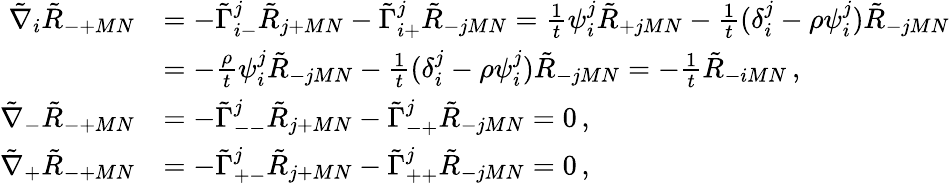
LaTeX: \begin{array}{rl}{\tilde{\nabla}_{i}\tilde{R}_{-+MN}}&{=-\tilde{\Gamma}^{j}_{i-}\tilde{R}_{j+MN}-\tilde{\Gamma}^{j}_{i+}\tilde{R}_{-jMN}=\frac{1}{t}\psi_{i}^{j}\tilde{R}_{+jMN}-\frac{1}{t}(\delta^{j}_{i}-\rho\psi^{j}_{i})\tilde{R}_{-jMN}}\\ &{=-\frac{\rho}{t}\psi_{i}^{j}\tilde{R}_{-jMN}-\frac{1}{t}(\delta^{j}_{i}-\rho\psi_{i}^{j})\tilde{R}_{-jMN}=-\frac{1}{t}\tilde{R}_{-iMN}\, ,}\\ {\tilde{\nabla}_{-}\tilde{R}_{-+MN}}&{=-\tilde{\Gamma}^{j}_{--}\tilde{R}_{j+MN}-\tilde{\Gamma}^{j}_{-+}\tilde{R}_{-jMN}=0\, ,}\\ {\tilde{\nabla}_{+}\tilde{R}_{-+MN}}&{=-\tilde{\Gamma}^{j}_{+-}\tilde{R}_{j+MN}-\tilde{\Gamma}^{j}_{++}\tilde{R}_{-jMN}=0\, ,}\end{array}